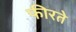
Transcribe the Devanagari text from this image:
फीरते